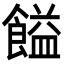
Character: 𩝱